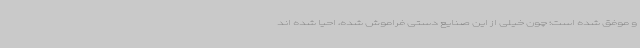
و موفق شده است؛ چون خیلی از این صنایع دستی فراموش شده، احیا شده اند